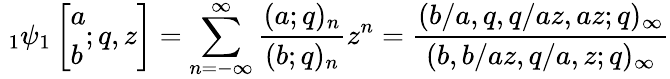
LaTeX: \; _{1}\psi_{1}\left[{\begin{array}{l}{a}\\ {b}\end{array}};q,z\right]=\sum_{n=-\infty}^{\infty}{\frac{(a;q)_{n}}{(b;q)_{n}}}z^{n}={\frac{(b/a,q,q/az,az;q)_{\infty}}{(b,b/az,q/a,z;q)_{\infty}}}